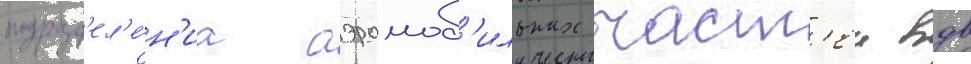
подразд'ел'е́н'иа аэромоб'ильных част'еи вдв